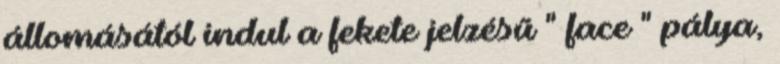
állomásától indul a fekete jelzésű " face " pálya,